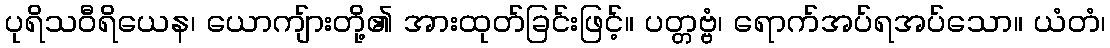
ပုရိသဝီရိယေန၊ ယောကျ်ားတို့၏ အားထုတ်ခြင်းဖြင့်။ ပတ္တဗ္ဗံ၊ ရောက်အပ်ရအပ်သော။ ယံတံ၊